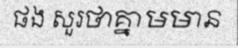
ផង សួរថាគ្នាមមាន